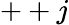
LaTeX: ++j